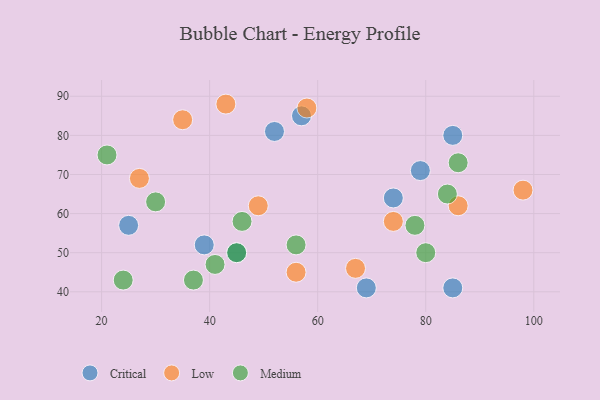
{"axis": {"x": "GDP", "y": "Life Expectancy"}, "legend": ["Critical", "Low", "Medium"], "data": [{"x": "57", "y": 85, "type": "Critical"}, {"x": "39", "y": 52, "type": "Critical"}, {"x": "52", "y": 81, "type": "Critical"}, {"x": "69", "y": 41, "type": "Critical"}, {"x": "45", "y": 50, "type": "Critical"}, {"x": "74", "y": 64, "type": "Critical"}, {"x": "79", "y": 71, "type": "Critical"}, {"x": "85", "y": 80, "type": "Critical"}, {"x": "25", "y": 57, "type": "Critical"}, {"x": "85", "y": 41, "type": "Critical"}, {"x": "58", "y": 87, "type": "Low"}, {"x": "35", "y": 84, "type": "Low"}, {"x": "67", "y": 46, "type": "Low"}, {"x": "86", "y": 62, "type": "Low"}, {"x": "98", "y": 66, "type": "Low"}, {"x": "27", "y": 69, "type": "Low"}, {"x": "49", "y": 62, "type": "Low"}, {"x": "74", "y": 58, "type": "Low"}, {"x": "43", "y": 88, "type": "Low"}, {"x": "56", "y": 45, "type": "Low"}, {"x": "30", "y": 63, "type": "Medium"}, {"x": "80", "y": 50, "type": "Medium"}, {"x": "56", "y": 52, "type": "Medium"}, {"x": "46", "y": 58, "type": "Medium"}, {"x": "84", "y": 65, "type": "Medium"}, {"x": "37", "y": 43, "type": "Medium"}, {"x": "78", "y": 57, "type": "Medium"}, {"x": "86", "y": 73, "type": "Medium"}, {"x": "41", "y": 47, "type": "Medium"}, {"x": "45", "y": 50, "type": "Medium"}, {"x": "24", "y": 43, "type": "Medium"}, {"x": "21", "y": 75, "type": "Medium"}]}